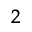
_ 2